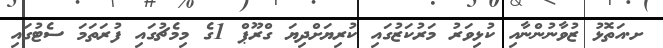
ށ.އަތޮޅު ޒުވާނުންނާއި ކުޅިވަރު މަރުކަޒުގައި ކުރިޔަށްދިޔަ ގްރޫޕް 1ގެ މިމެޗުގައި ފުރަތަމަ ސެޓުގައި